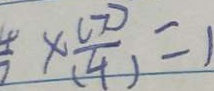
\frac { 4 } { 7 } \times \frac { ( 7 ) } { ( 4 ) } = 1